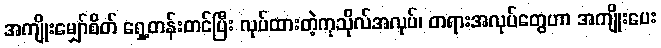
အကျိုးမျှော်စိတ် ရှေ့တန်းတင်ပြီး လုပ်ထားတဲ့ကုသိုလ်အလုပ်၊ တရားအလုပ်တွေဟာ အကျိုးပေး